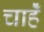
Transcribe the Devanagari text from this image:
चाहेँ